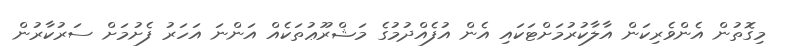
މިގޮތުން އެންވެރިކަން އާލާކުރުމަށްޓަކައި އެން އުފެއްދުމުގެ މަޝްރޫޢުތަކެއް އަންނަ އަހަރު ފެށުމަށް ސަރުކާރުން